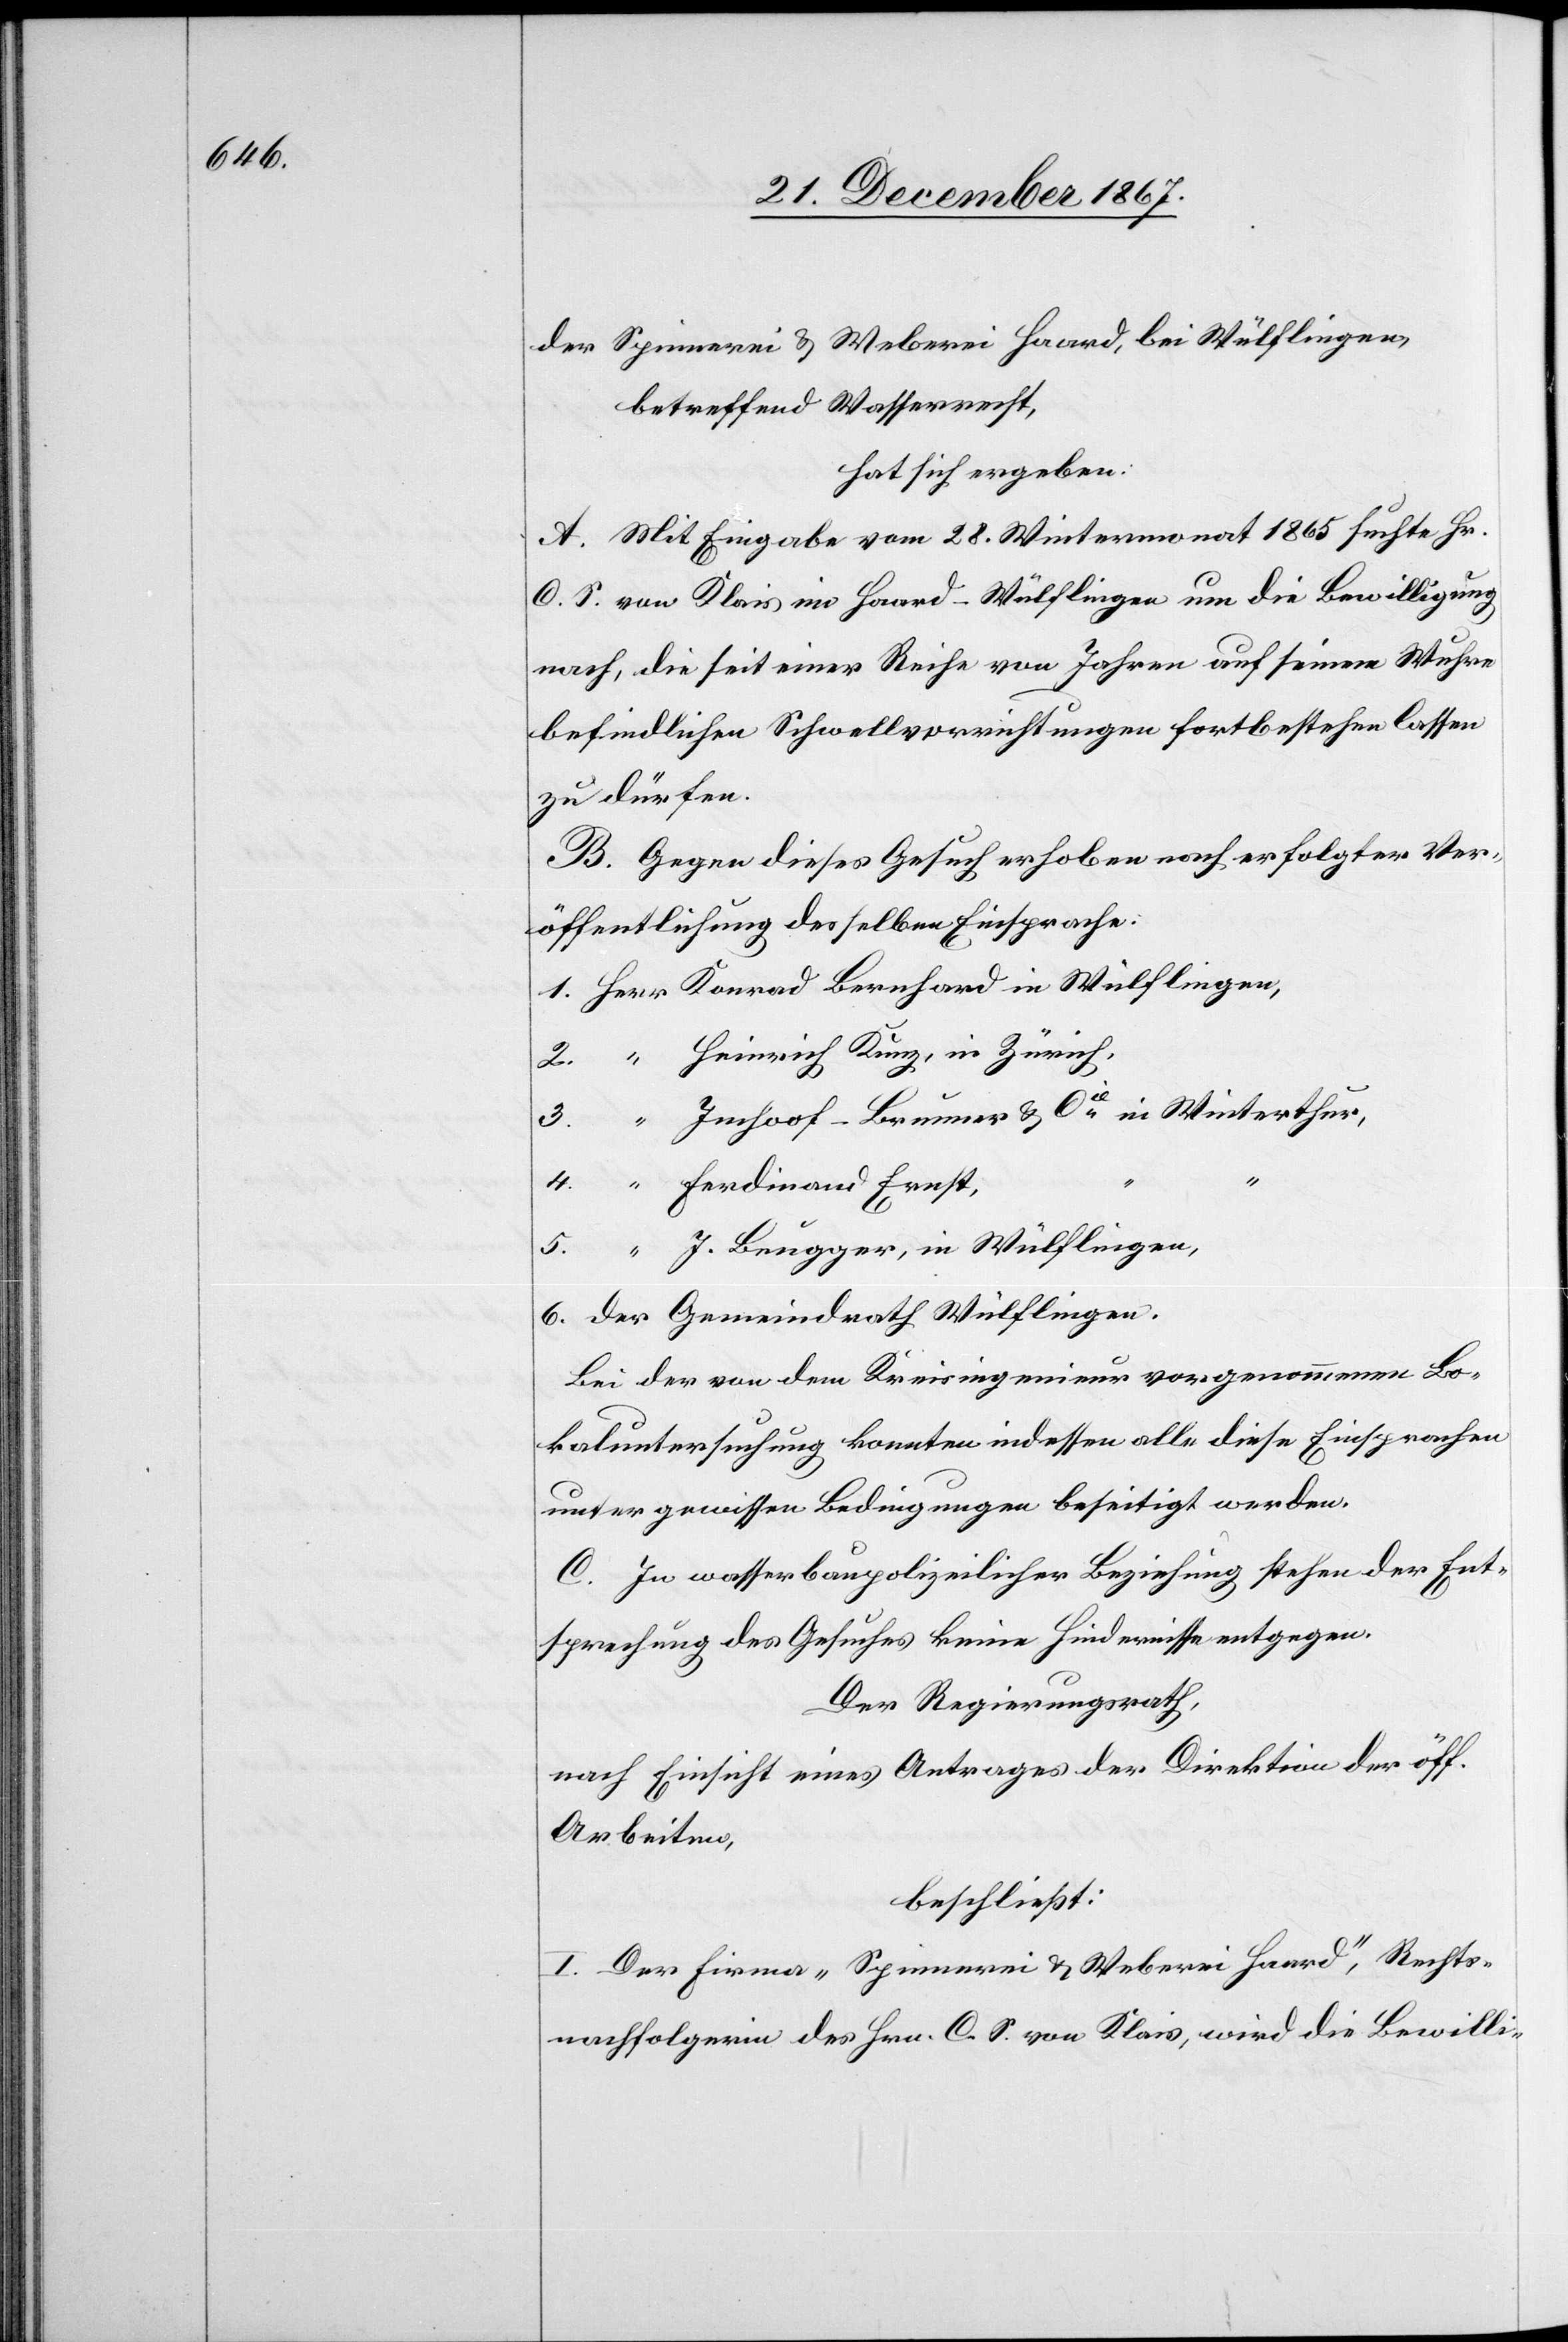
der Spinnerei u. Weberei Haard [sic!] bei Wülflingen,
betreffend Wasserrecht,
hat sich ergeben:
A. Mit Eingabe vom 28. Wintermonat 1865 sucht Hr.
C S. von Klais im Haard-Wülflingen um die Bewilligung
nach, die seit einer Reihe von Jahren auf seinem Wuhre
befindlichen Schwellvorrichtungen fortbestehen lassen
zu dürfen.
B. Gegen dieses Gesuch erhoben nach erfolgter Ver¬
öffentlichung desselben Einsprache:
Heinrich Kunz, in Zürich,
Imhoof-Brunner u. Cie in Winterthur,
J. Beugger, in Wülflingen,
der Gemeindrath Wülflingen.
Bei der von dem Kreisingenieur vorgenommenen Lo¬
kaluntersuchung konnten indessen alle diese Einsprachen
unter gewissen Bedingungen beseitigt werden.
C. In wasserbaupolizeilicher Beziehung stehen der Ent¬
sprechung des Gesuches keine Hindernisse entgegen.
Der Regierungsrath,
nach Einsicht eines Antrages der Direktion der öff.
Arbeiten,
beschließt:
I. Der Firma „Spinnerei u. Weberei Haard“, Rechts¬
nachfolgerin des Hrn. C. S. von Klais, wird die Bewilli-